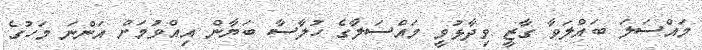
މައްސަލަ ބައްލަވާ ގާޒީ ވިދާޅުވީ މައްސަލާގެ ހުލާސާ ބަޔާން އިއްވުމަށް އަންނަ މަހުގެ